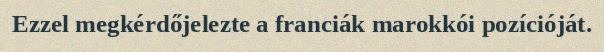
Ezzel megkérdőjelezte a franciák marokkói pozícióját.